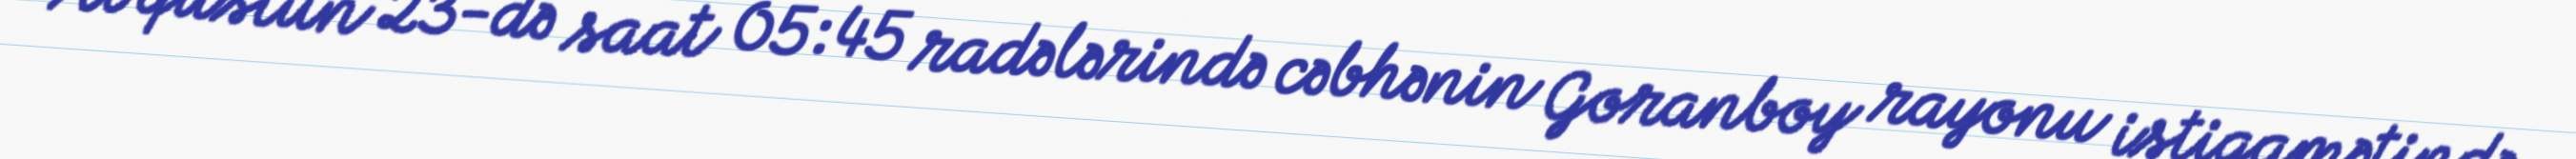
Avqustun 23-də saat 05:45 radələrində cəbhənin Goranboy rayonu istiqamətində